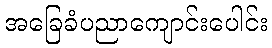
အခြေခံပညာကျောင်းပေါင်း